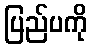
ပြည်ပကို